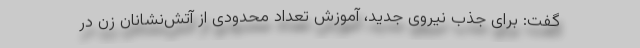
گفت: برای جذب نیروی جدید، آموزش تعداد محدودی از آتش‌نشانان زن در